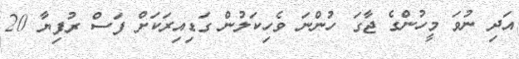
އަދި ނުވަ މީހުންގެ ޖާގަ ހުންނަ ވެހިކަލުން ގަޑިއިރަކަށް ފަސް ރުފިޔާ 20